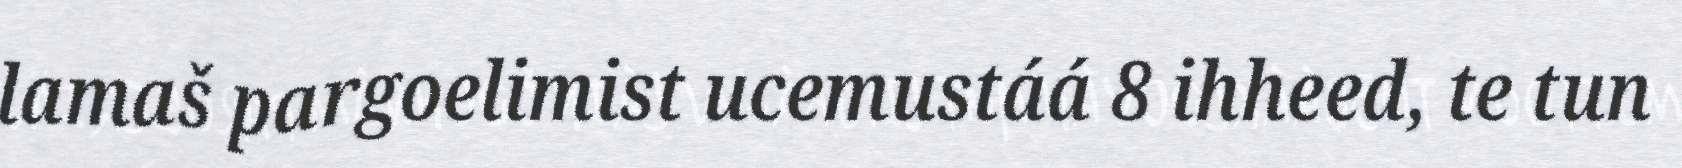
lamaš pargoelimist ucemustáá 8 ihheed, te tun